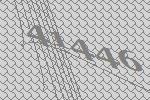
41446